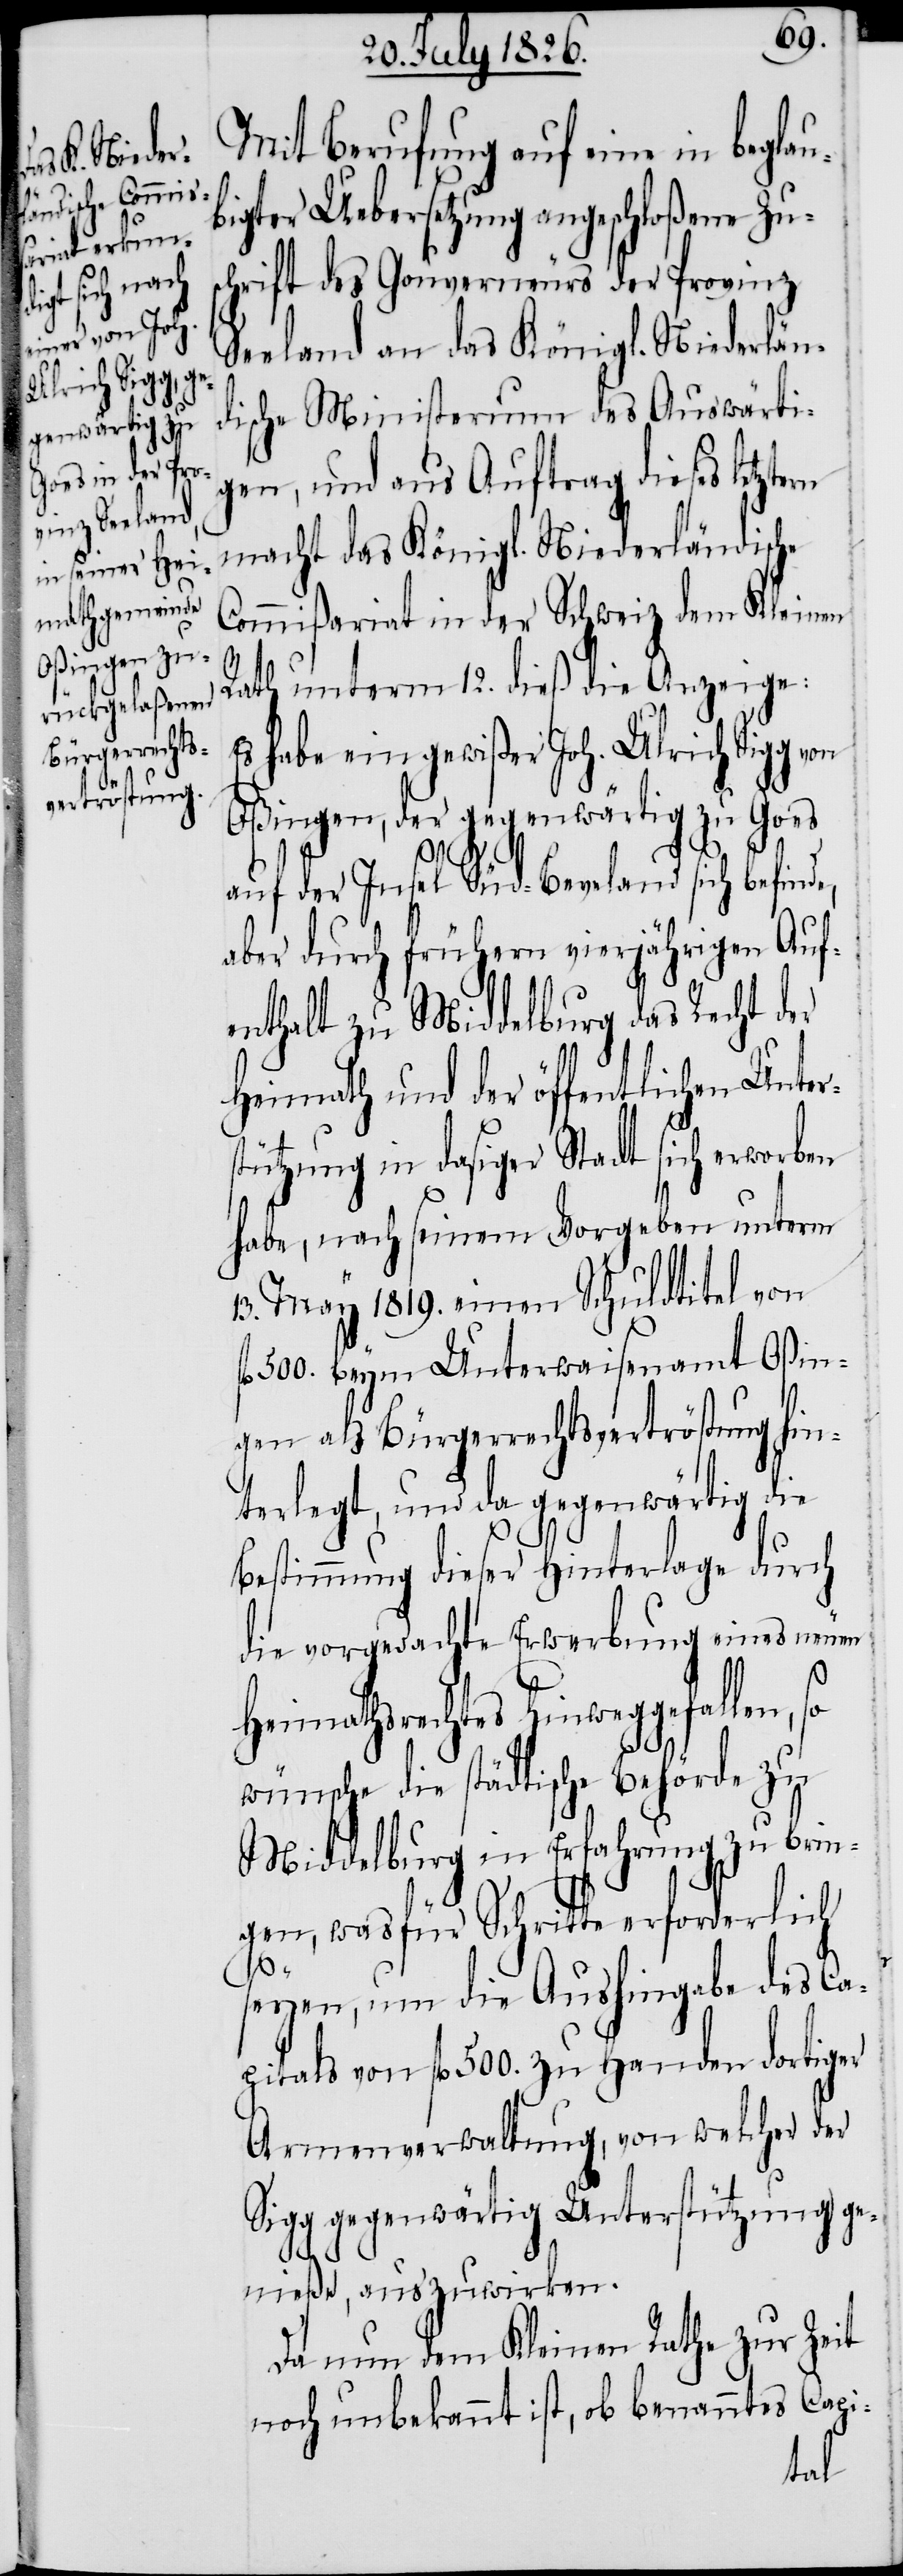
Bürgerrechts¬
verströstung

Mit Berufung auf eine in beglau¬
bigter Uebersetzung angeschloßene Zu¬
schrift des Gouverneurs der Provinz
Seeland an das Königl. Niederländ¬
ische Ministerium des Auswärti¬
gen, und aus Auftrag dieses letztern
macht das Königl. Niederländische
Commißariat in der Schweiz dem Kleinen
Rath unterm 12. dieß die Anzeige.
habe ein gewißer Joh. Ulrich Sigg
Oßingen, der gegenwärtig zu Goes
auf der Insel Süd-Beveland sich befin¬
aber durch frühern vierjährigen Auf¬
enthalt zu Middelburg das Recht der
Heimath und der öffentlichen Unter¬
stützung in dasiger Stadt sich erworben
habe, nach seinem Vorgeben unterm
13. May 1819. einen Schuldtitel von
l. 500. beym Unterwaisenamt Oßin¬
terlegt, und da gegenwärtig die
Bestimmung dieser Hinterlage durch
die vorgedachte Erwerbung eines neuen
Heimathsrechtes hinweggefallen, so
wünsche die städtische Behörde zu
Middelburg in Erfahrung zu brin¬
gen, was für Schritte erforderlich
f¬
seyen, um die Aushingabe des Ca¬
pitals von fl. 500. zu Handen dortiger
Armenverwaltung, von welcher der
Sigg gegenwärtig Unterstützung ge¬
nieße, auszuwirken.
Da nun dem Kleinen Rathe zur Zeit
noch unbekannt ist, ob benanntes Capi-
hin¬